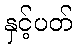
နှင့်ပတ်